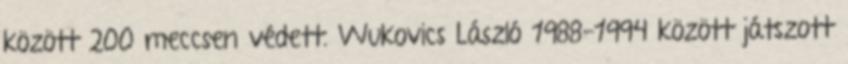
között 200 meccsen védett. Wukovics László 1988-1994 között játszott